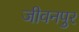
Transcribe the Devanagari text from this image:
जीवनपुर